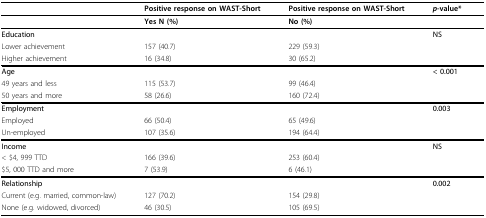
|  | Positive response on WAST-Short | Positive response on WAST-Short | p-value* |
 | --- | --- | --- | --- |
 |  | Yes N (%) | No (%) |  |
 | Education |  |  | NS |
 | Lower achievement | 157 (40.7) | 229 (59.3) |  |
 | Higher achievement | 16 (34.8) | 30 (65.2) |  |
 | Age |  |  | < 0.001 |
 | 49 years and less | 115 (53.7) | 99 (46.4) |  |
 | 50 years and more | 58 (26.6) | 160 (72.4) |  |
 | Employment |  |  | 0.003 |
 | Employed | 66 (50.4) | 65 (49.6) |  |
 | Un-employed | 107 (35.6) | 194 (64.4) |  |
 | Income |  |  | NS |
 | < $4, 999 TTD | 166 (39.6) | 253 (60.4) |  |
 | $5, 000 TTD and more | 7 (53.9) | 6 (46.1) |  |
 | Relationship |  |  | 0.002 |
 | Current (e.g. married, common-law) | 127 (70.2) | 154 (29.8) |  |
 | None (e.g. widowed, divorced) | 46 (30.5) | 105 (69.5) |  |